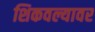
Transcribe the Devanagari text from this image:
शिकवल्यावर